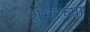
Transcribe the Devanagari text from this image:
शंभरच्या